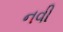
નવી